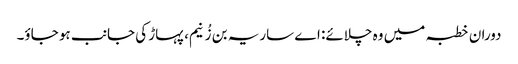
دوران خطبہ میں وہ چلائے: اے ساریہ بن زُنیم، پہاڑ کی جانب ہو جاؤ۔